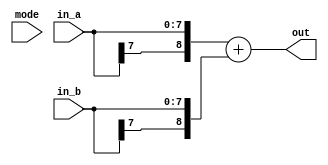
module ALU ( out , mode , in_a , in_b  );

input mode;
input  [7:0] in_a , in_b;
output [8:0] out;

assign out = mode ? $signed({in_a[7], in_a}) + $signed({in_b[7], in_b}) : 
                    {in_a[7], in_a} + {in_b[7], in_b};

endmodule